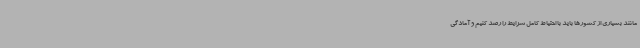
مانند بسیاری از کشورها باید با احتیاط کامل شرایط را رصد کنیم و آمادگی